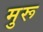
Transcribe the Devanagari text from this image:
मुरू